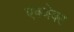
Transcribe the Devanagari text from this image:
एक्जेक्ट